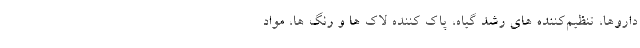
داروها، تنظیم‌کننده های رشد گیاه، پاک کننده لاک ها و رنگ ها، مواد